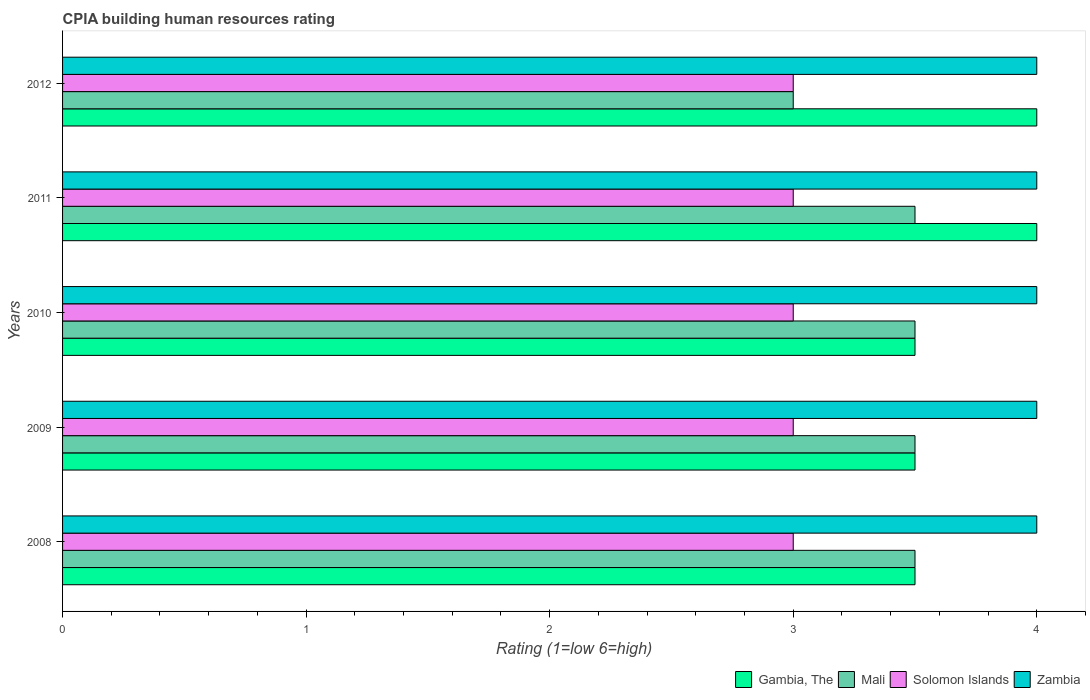
| Years | Gambia, The | Mali | Solomon Islands | Zambia |
 | --- | --- | --- | --- | --- |
 | 2008 | 3.5 | 3.5 | 3 | 4 |
 | 2009 | 3.5 | 3.5 | 3 | 4 |
 | 2010 | 3.5 | 3.5 | 3 | 4 |
 | 2011 | 4 | 3.5 | 3 | 4 |
 | 2012 | 4 | 3 | 3 | 4 |